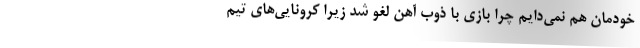
خودمان هم نمی‌دایم چرا بازی با ذوب آهن لغو شد زیرا کرونایی‌های تیم